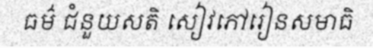
ធម៌ ជំនួយសតិ សៀវភៅរៀនសមាធិ